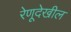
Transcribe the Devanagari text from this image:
रेणूदेखील